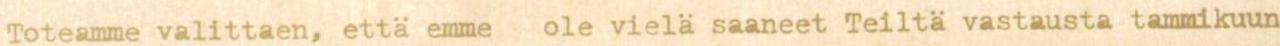
Toteamme valittaen, että emme  ole vielä saaneet Teiltä vastausta tammikuun